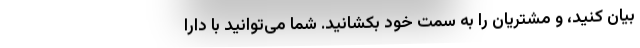
بیان کنید، و مشتریان را به سمت خود بکشانید. شما می‌توانید با دارا